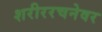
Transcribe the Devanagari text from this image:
शरीररचनेवर